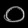
Digit: ၀